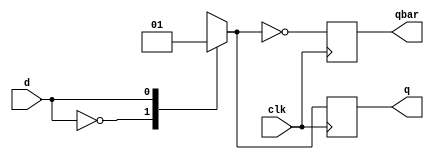
module dff(d,clk,q,qbar);
    input d;
    input clk;
    output q,qbar;
    reg q,qbar;
    
    always@(posedge clk)
    begin
    case(d)
        1'b0:
            q = 0;
        1'b1:
            q=1;
    endcase
    qbar = ~q;
    end 
endmodule

module test;
    reg d;
    reg clk;
    integer i;
    wire q,qbar;

    dff s(d,clk,q,qbar);
    initial 
    begin
    $display("sr flip flop");
    $monitor("%b %b \t %b %b",d,clk, q,qbar);
    $dumpfile("vcd/DFlipFlop.vcd");
    $dumpvars(1,test);

        d = 0;
        #10
        d = 1;
        #10

        d = 0;
        #10
        d = 1;
        #10
    $finish;
    end

    initial begin
        clk = 0;
        for(i=0;i<20;i=i+1)
            #1 clk = ~clk;
        end
         
endmodule